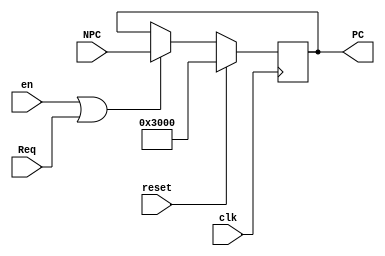
`timescale 1ns / 1ps
module F_PC(
    input clk,
    input reset,
    input en,      //PC
	 input Req,	// exception 
	 
    input [31:0] NPC, 
	 output reg [31:0] PC
    );

    initial begin
      PC=32'h0000_3000;
    end
   
  always @(posedge clk) begin
		if(reset)begin
			PC <= 32'h3000;        
		end
		else if (en | Req) begin
			PC <= NPC;
		end
  end
endmodule